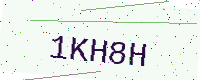
Text: 1KH8H